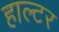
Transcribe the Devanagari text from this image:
हाल्टर